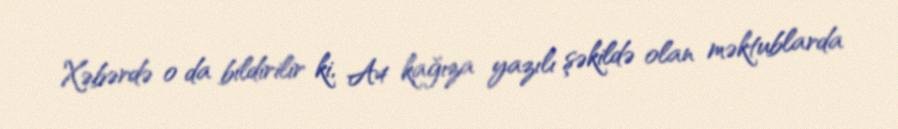
Xəbərdə o da bildirilir ki, A4 kağıza yazılı şəkildə olan məktublarda